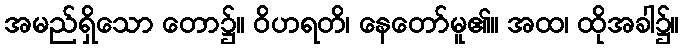
အမည်ရှိသော တော၌။ ဝိဟရတိ၊ နေတော်မူ၏။ အထ၊ ထိုအခါ၌။